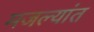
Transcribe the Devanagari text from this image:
मजल्यांत